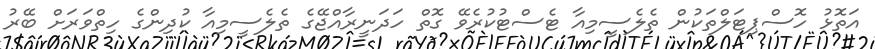
އަތޮޅު ހޮސްޕިޓަލްތަކުން ތެލެސީމިއާ ޓެސްޓުކުރެވޭ ގޮތް ހަދަނީރާއްޖޭގެ ތެލެސީމިއާ ކުދިންގެ ހިތްވަރަށް ބޭރު